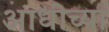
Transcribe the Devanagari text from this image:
आधीच्‍या